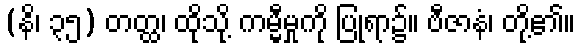
(နိ၊ ၃၅) တတ္ထ၊ ထိုသို့ ကမ္မီမှုကို ပြုရာ၌။ ဗီဇာနံ၊ တို့၏။